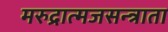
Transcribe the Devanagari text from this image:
मरुद्रात्मजसन्त्राता